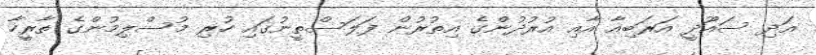
އަދި ސައޫދީ އަރަބިއާ އާއި އުރުދުންގެ އިތުރުން ފަލަސްތީނުގައި ހުރި މުސްލިމުންގެ ތާރީހާ